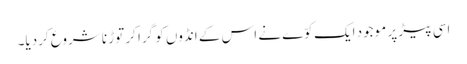
اسی پیڑ پر موجود ایک کوّے نے اس کے انڈوں کو گرا کر توڑ نا شروع کردیا۔